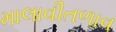
માલાવીતળાવ